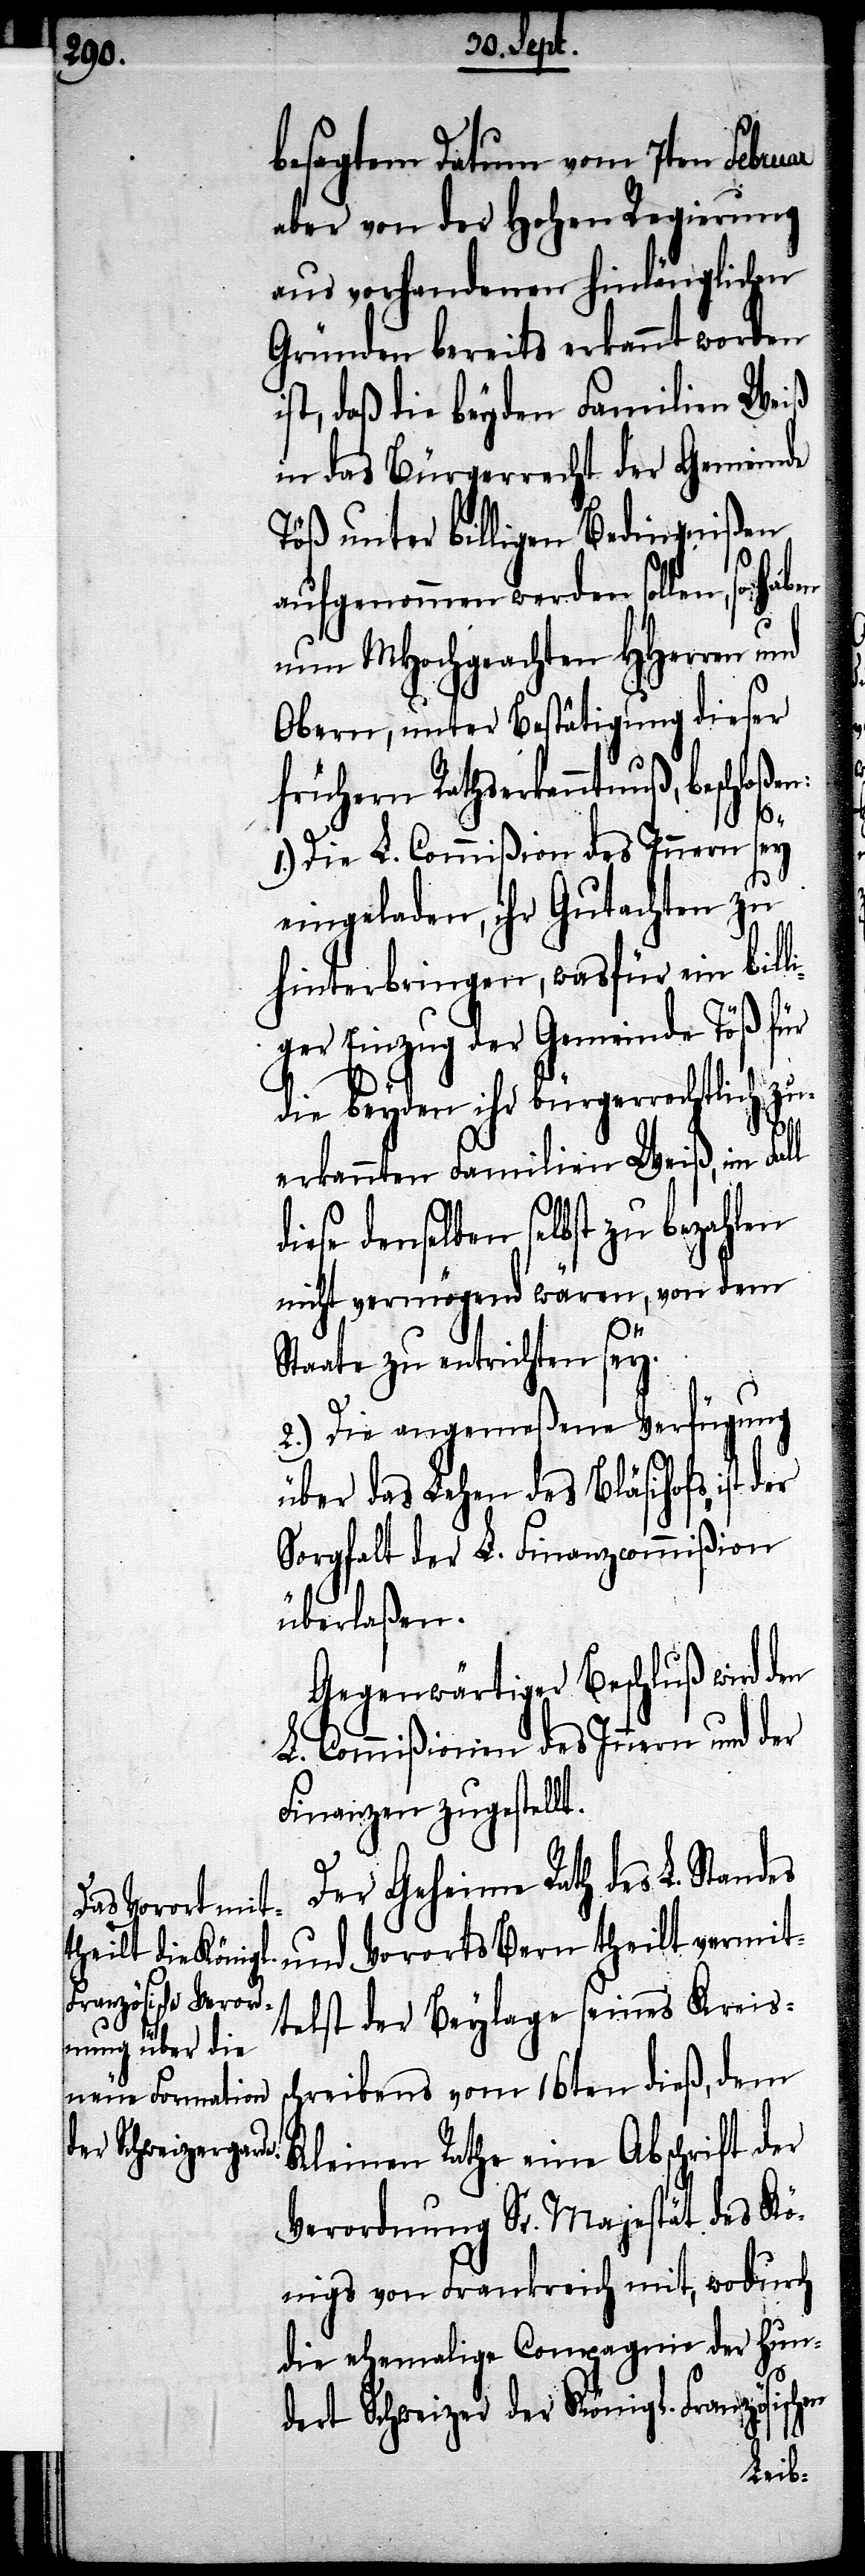
besagtem Datum vom 7ten Februar
aber von der hohen Regierung
aus vorhandenen hinlänglichen
Gründen bereits erkannt worden
ist, daß die beyden Familien Weiß
in das Bürgerrecht der Gemeinde
Töß unter billigen Bedingnißen
aufgenommen werden sollen, so
nun MHochgeachten HHerren und
Obern, unter Bestätigung dieser
frühern Rathserkanntnuß, beschloßen:
1.) Die L. Commißion des Innern sey
eingeladen, ihr Gutachten zu
hinterbringen, was für ein billi¬
ger Einzug der Gemeinde Töß für
die beyden ihr bürgerrechtlich zu¬
sc¬
erkannten Familien Weiß, im Fall
diese denselben selbst zu bezahlen
nicht vermögend wären, von dem
Staate zu entrichten sey.
2.) Die angemeßene Verfügung
über das Lehen des Bläsihofs ist
Sorgfalt der L. Finanzcommißion
überlaßen.
Gegenwärtiger Beschluß wird den
L. Commißionen des Innern und der
Finanzen zugestellt.
Der Geheime Rath des L. Standes
und Vororts Bern theilt vermit¬
telst der Beylage seines Kreis¬
hreibens vom 16ten dieß, dem
Kleinen Rathe eine Abschrift der
Verordnung Sr. Majestät des Kö¬
nigs von Frankreich mit, wodurch
die ehemalige Compagnie der Hun¬
dert Schweizer der Königl. Französischen